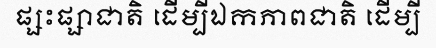
ផ្សះផ្សាជាតិ ដើម្បីឯកភាពជាតិ ដើម្បី